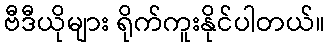
ဗီဒီယိုများ ရိုက်ကူးနိုင်ပါတယ်။